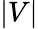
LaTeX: \vert V\vert